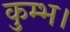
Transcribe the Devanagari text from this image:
कुम्भ।